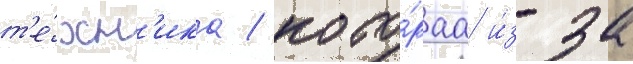
т'е́хн'ика / кото́раа и́з-за